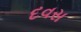
દવસ